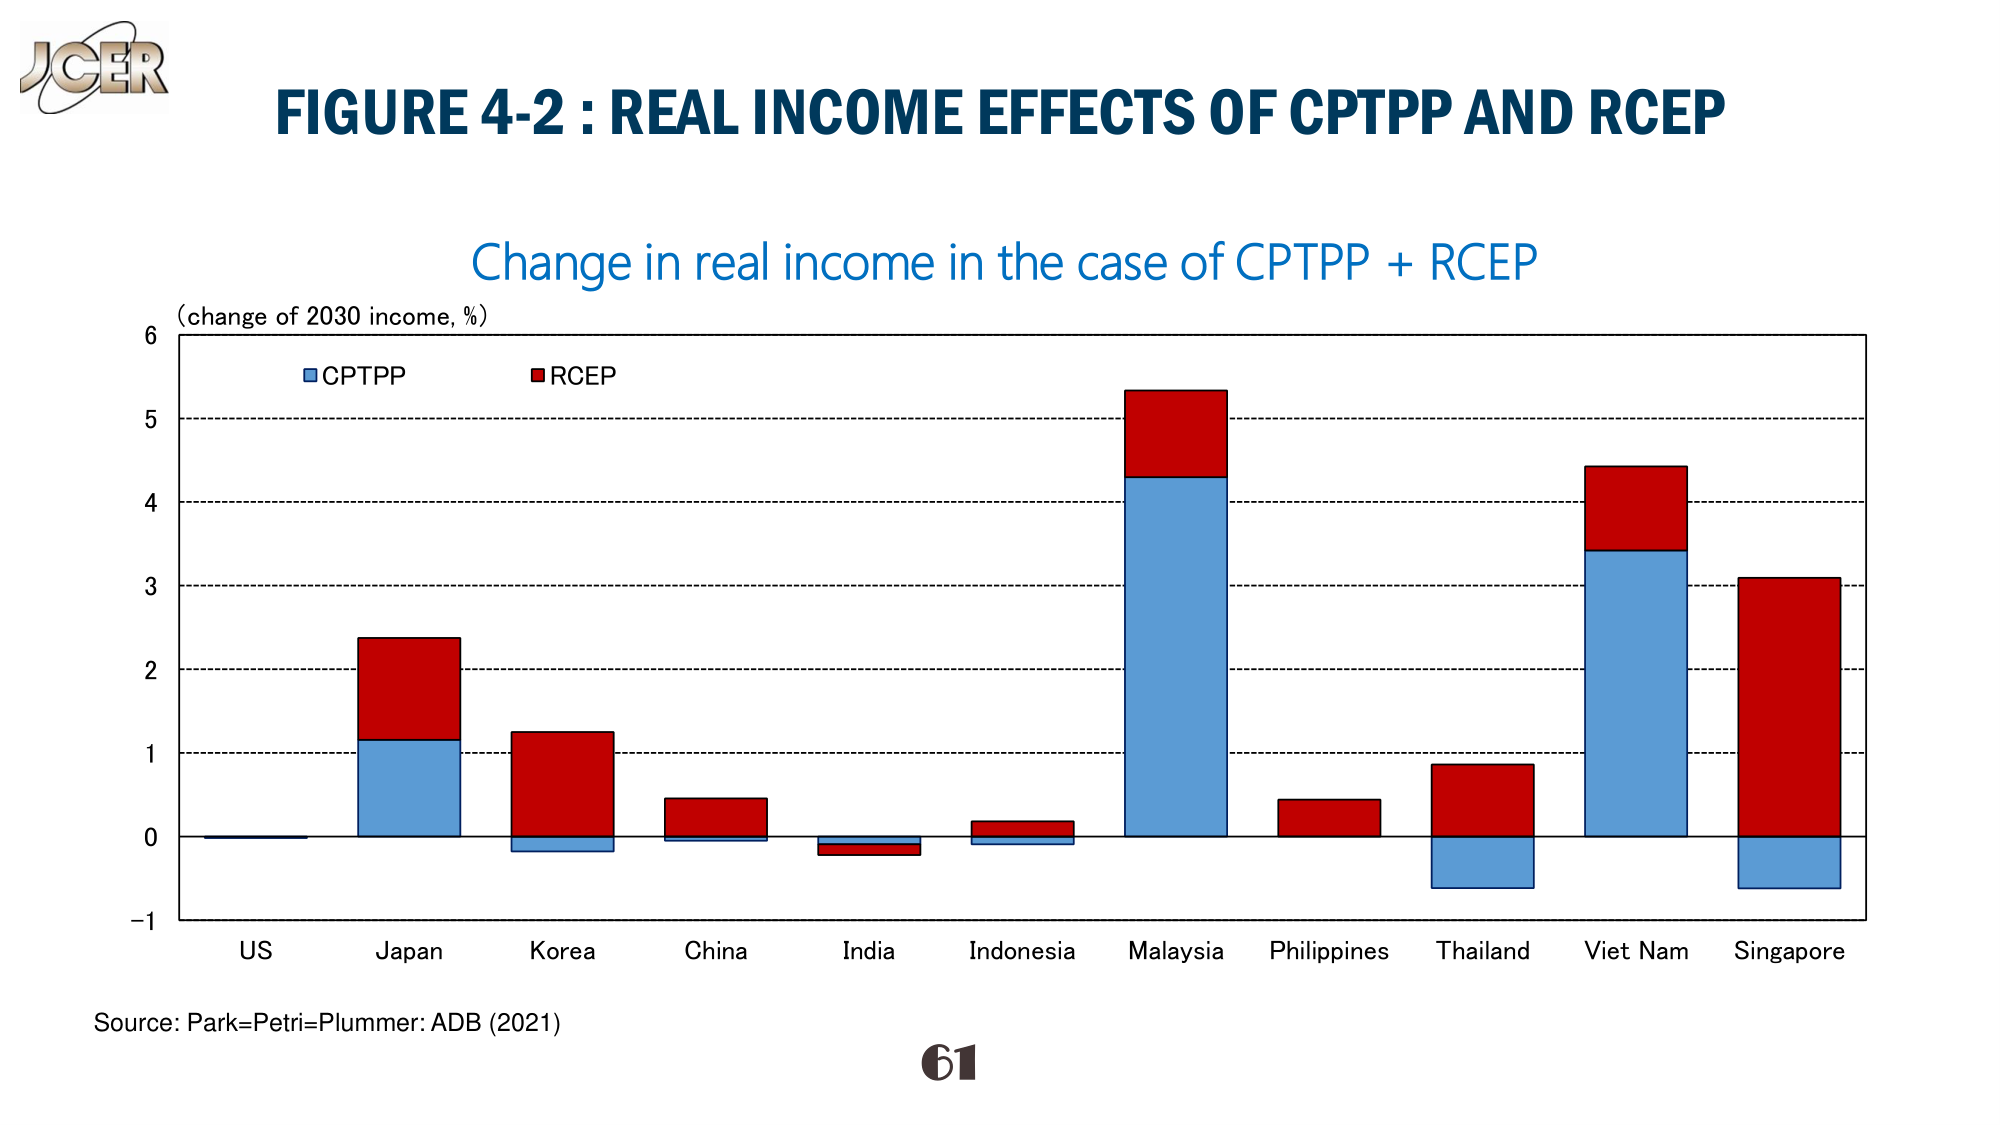
JGER
FIGURE 4-2 : REAL INCOME EFFECTS OF CPTPP AND RCEP
Change in real income in the case of CPTPP + RCEP
(change of 2030 income, %)
CPTPP
RCEP
6
5
4
3
2
1
0
-1
US
Japan
Korea
China
India
Indonesia
Malaysia
Philippines
Thailand
Viet Nam
Singapore
Source: Park=Petri=Plummer: ADB (2021)
61